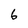
Character: 6